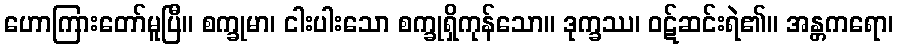
ဟောကြားတော်မူပြီ။ စက္ခုမာ၊ ငါးပါးသော စက္ခုရှိကုန်သော။ ဒုက္ခဿ၊ ဝဋ်ဆင်းရဲ၏။ အန္တကရော၊